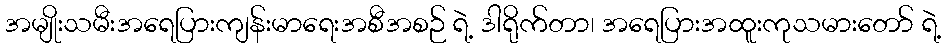
အမျိုးသမီးအရေပြားကျန်းမာရေးအစီအစဉ် ရဲ့ ဒါရိုက်တာ၊ အရေပြားအထူးကုသမားတော် ရဲ့